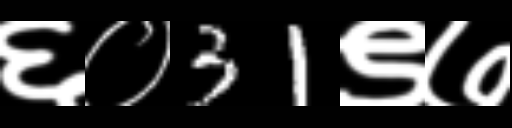
Text: ६०31९७